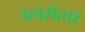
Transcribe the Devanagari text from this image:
उत्‍तरोत्‍तर